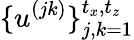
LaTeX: \{ u^{(jk)}\} _{j,k=1}^{t_{x},t_{z}}